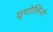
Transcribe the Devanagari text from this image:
युगोलिनो